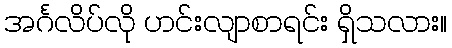
အင်္ဂလိပ်လို ဟင်းလျာစာရင်း ရှိသလား။